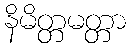
နိမိတ္တမတ္တာ